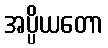
အပ္ပိယတော